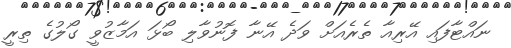
ނައްޓާފައި އޭރިއާ ތެރެެއަށް ވަދެ އޭނާ ފޮނުވާލި ބޯޅަ އަމާޒުވީ ގޯލުގެ ތިރީ